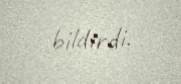
bildirdi.